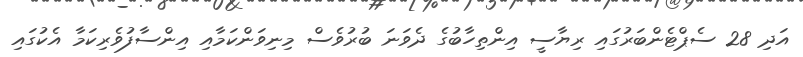
އަދި 28 ސެޕްޓެންބަރުގައި ރިޔާސީ އިންތިހާބުގެ ދެވަނަ ބުރުވެސް މިނިވަންކަމާއި އިންސާފުވެރިކަމާ އެކުގައި